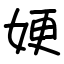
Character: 㛐